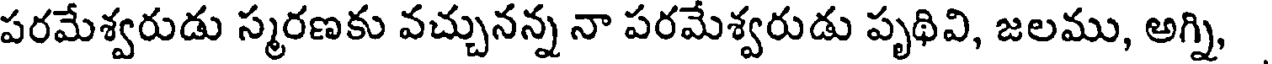
పరమేశ్వరుడు స్మరణకు వచ్చునన్న నా పరమేశ్వరుడు పృథివి, జలము, అగ్ని,